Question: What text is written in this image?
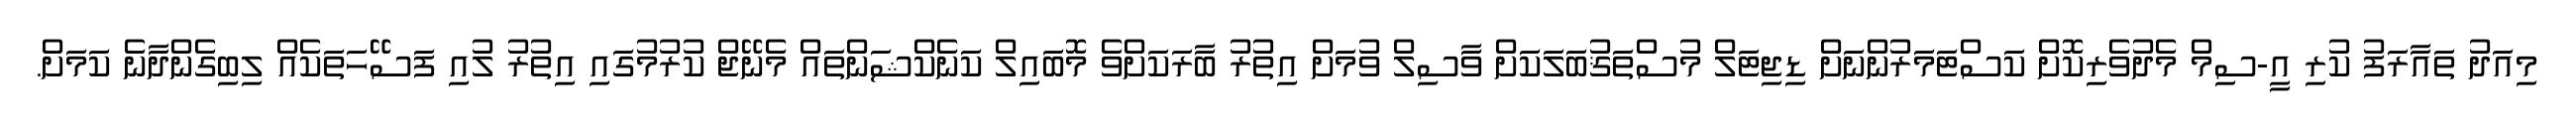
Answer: މިއަދު ތައާރަފު ކުރި އީ-ސިމް މެދުވެރިކޮށް ކަސްޓަމަރުންނަށް ޑިޖިޓަލް މުސްތަޤުބަލަކަށް ވާސިލް ވުމަށް އިތުރު ބާރަކަށްވެ މޮބައިލް ކަނެކްޝަންތައް މެނޭޖް ކުރުމުގައި އިތުރު ލުއި ފަސޭހަތަކެއް ލިބިގެންދާނެ ކަމަށް.